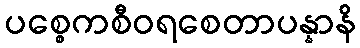
ပစ္စေကစီဝရစေတာပန္နာနိ